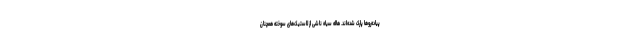
پیاده‌روها پارک شده‌اند. هاله سیاه ناشی از لاستیک‌های سوخته همچنان